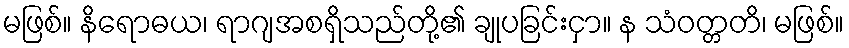
မဖြစ်။ နိရောဓယ၊ ရာဂျအစရှိသည်တို့၏ ချုပခြင်းငှာ။ န သံဝတ္တတိ၊ မဖြစ်။